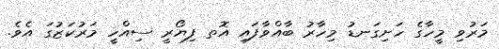
މަރުވި މީހާގެ ހަށިގަނޑު މިހާރު ބާއްވާފައި އޮތ ފިޔޯރީ ސިއްހީ މަރުކަޒުގަ އެވެ.